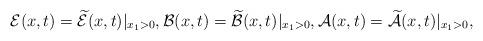
LaTeX: \begin{align*}\mathcal{E}(x,t) = \widetilde{\mathcal E}(x,t)|_{x_1>0}, \mathcal B(x,t) = \widetilde{\mathcal B}(x,t)|_{x_1>0}, \mathcal A(x,t) = \widetilde{\mathcal A}(x,t)|_{x_1>0},\end{align*}